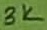
Text: 3K